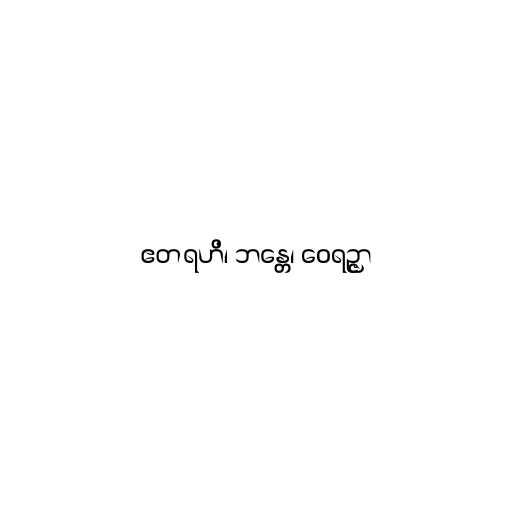
ဧတရဟိ၊ ဘန္တေ၊ ဝေရဉ္ဇာ